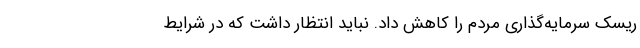
ریسک سرمایه‌گذاری مردم را کاهش داد. نباید انتظار داشت که در شرایط